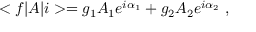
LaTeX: < f | A | i > = g _ { 1 } A _ { 1 } e ^ { i \alpha _ { 1 } } + g _ { 2 } A _ { 2 } e ^ { i \alpha _ { 2 } } \ ,